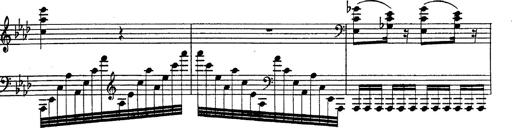
Title: Fantasie Ã¼ber Themen aus Mozarts Figaro und Don Giovanni
Composer: Franz Liszt